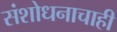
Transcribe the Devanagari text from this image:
संशोधनाचाही